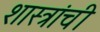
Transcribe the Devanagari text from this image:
शास्त्रांची